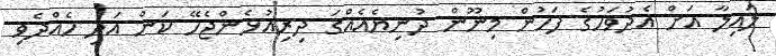
ލައިލާ އަށް އެދުވަހުގެ ފަހުން މިނޫން ދުނިޔެއެއްގަ ދިރިއުޅެންޖެހޭ ކަން އަދި ހެއްދެވި